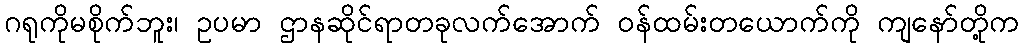
ဂရုကိုမစိုက်ဘူး၊ ဥပမာ ဌာနဆိုင်ရာတခုလက်အောက် ဝန်ထမ်းတယောက်ကို ကျနော်တို့က